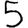
Digit: 5